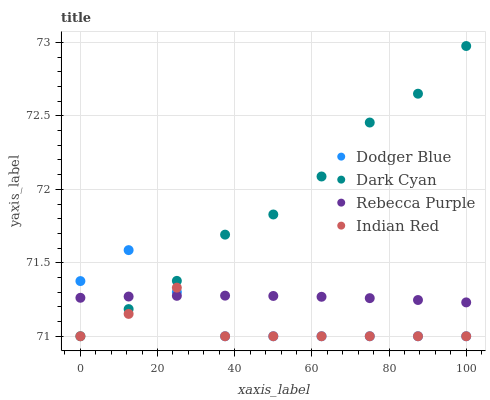
| xaxis_label | Dodger Blue | Dark Cyan | Rebecca Purple | Indian Red |
 | --- | --- | --- | --- | --- |
 | 0 | 71.4 | 71 | 71.3 | 71 |
 | 12.5 | 71.6 | 71.2 | 71.3 | 71.2 |
 | 25 | 71.3 | 71.4 | 71.3 | 71.3 |
 | 37.5 | 71 | 71.7 | 71.3 | 71 |
 | 50 | 71 | 71.8 | 71.3 | 71 |
 | 62.5 | 71 | 72.1 | 71.3 | 71 |
 | 75 | 71 | 72.5 | 71.3 | 71 |
 | 87.5 | 71 | 72.7 | 71.2 | 71 |
 | 100 | 71 | 73 | 71.2 | 71 |